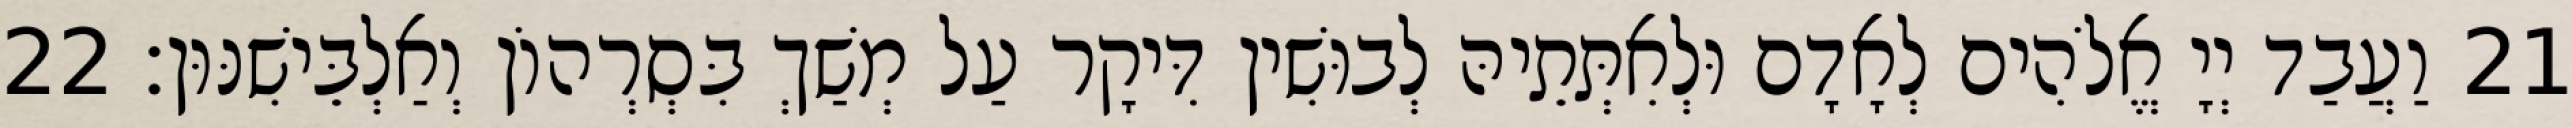
21 וַעֲבַד יְיָ אֱלֹהִים לְאָדָם וּלְאִתְּתֵיהּ לְבוּשִׁין דִּיקָר עַל מְשַׁךְ בִּסְרְהוֹן וְאַלְבֵּישִׁנּוּן׃ 22